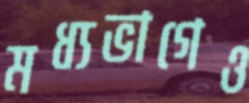
মধ্যভাগেও